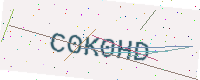
Text: C0K0HD